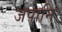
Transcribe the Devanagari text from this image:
जपानि